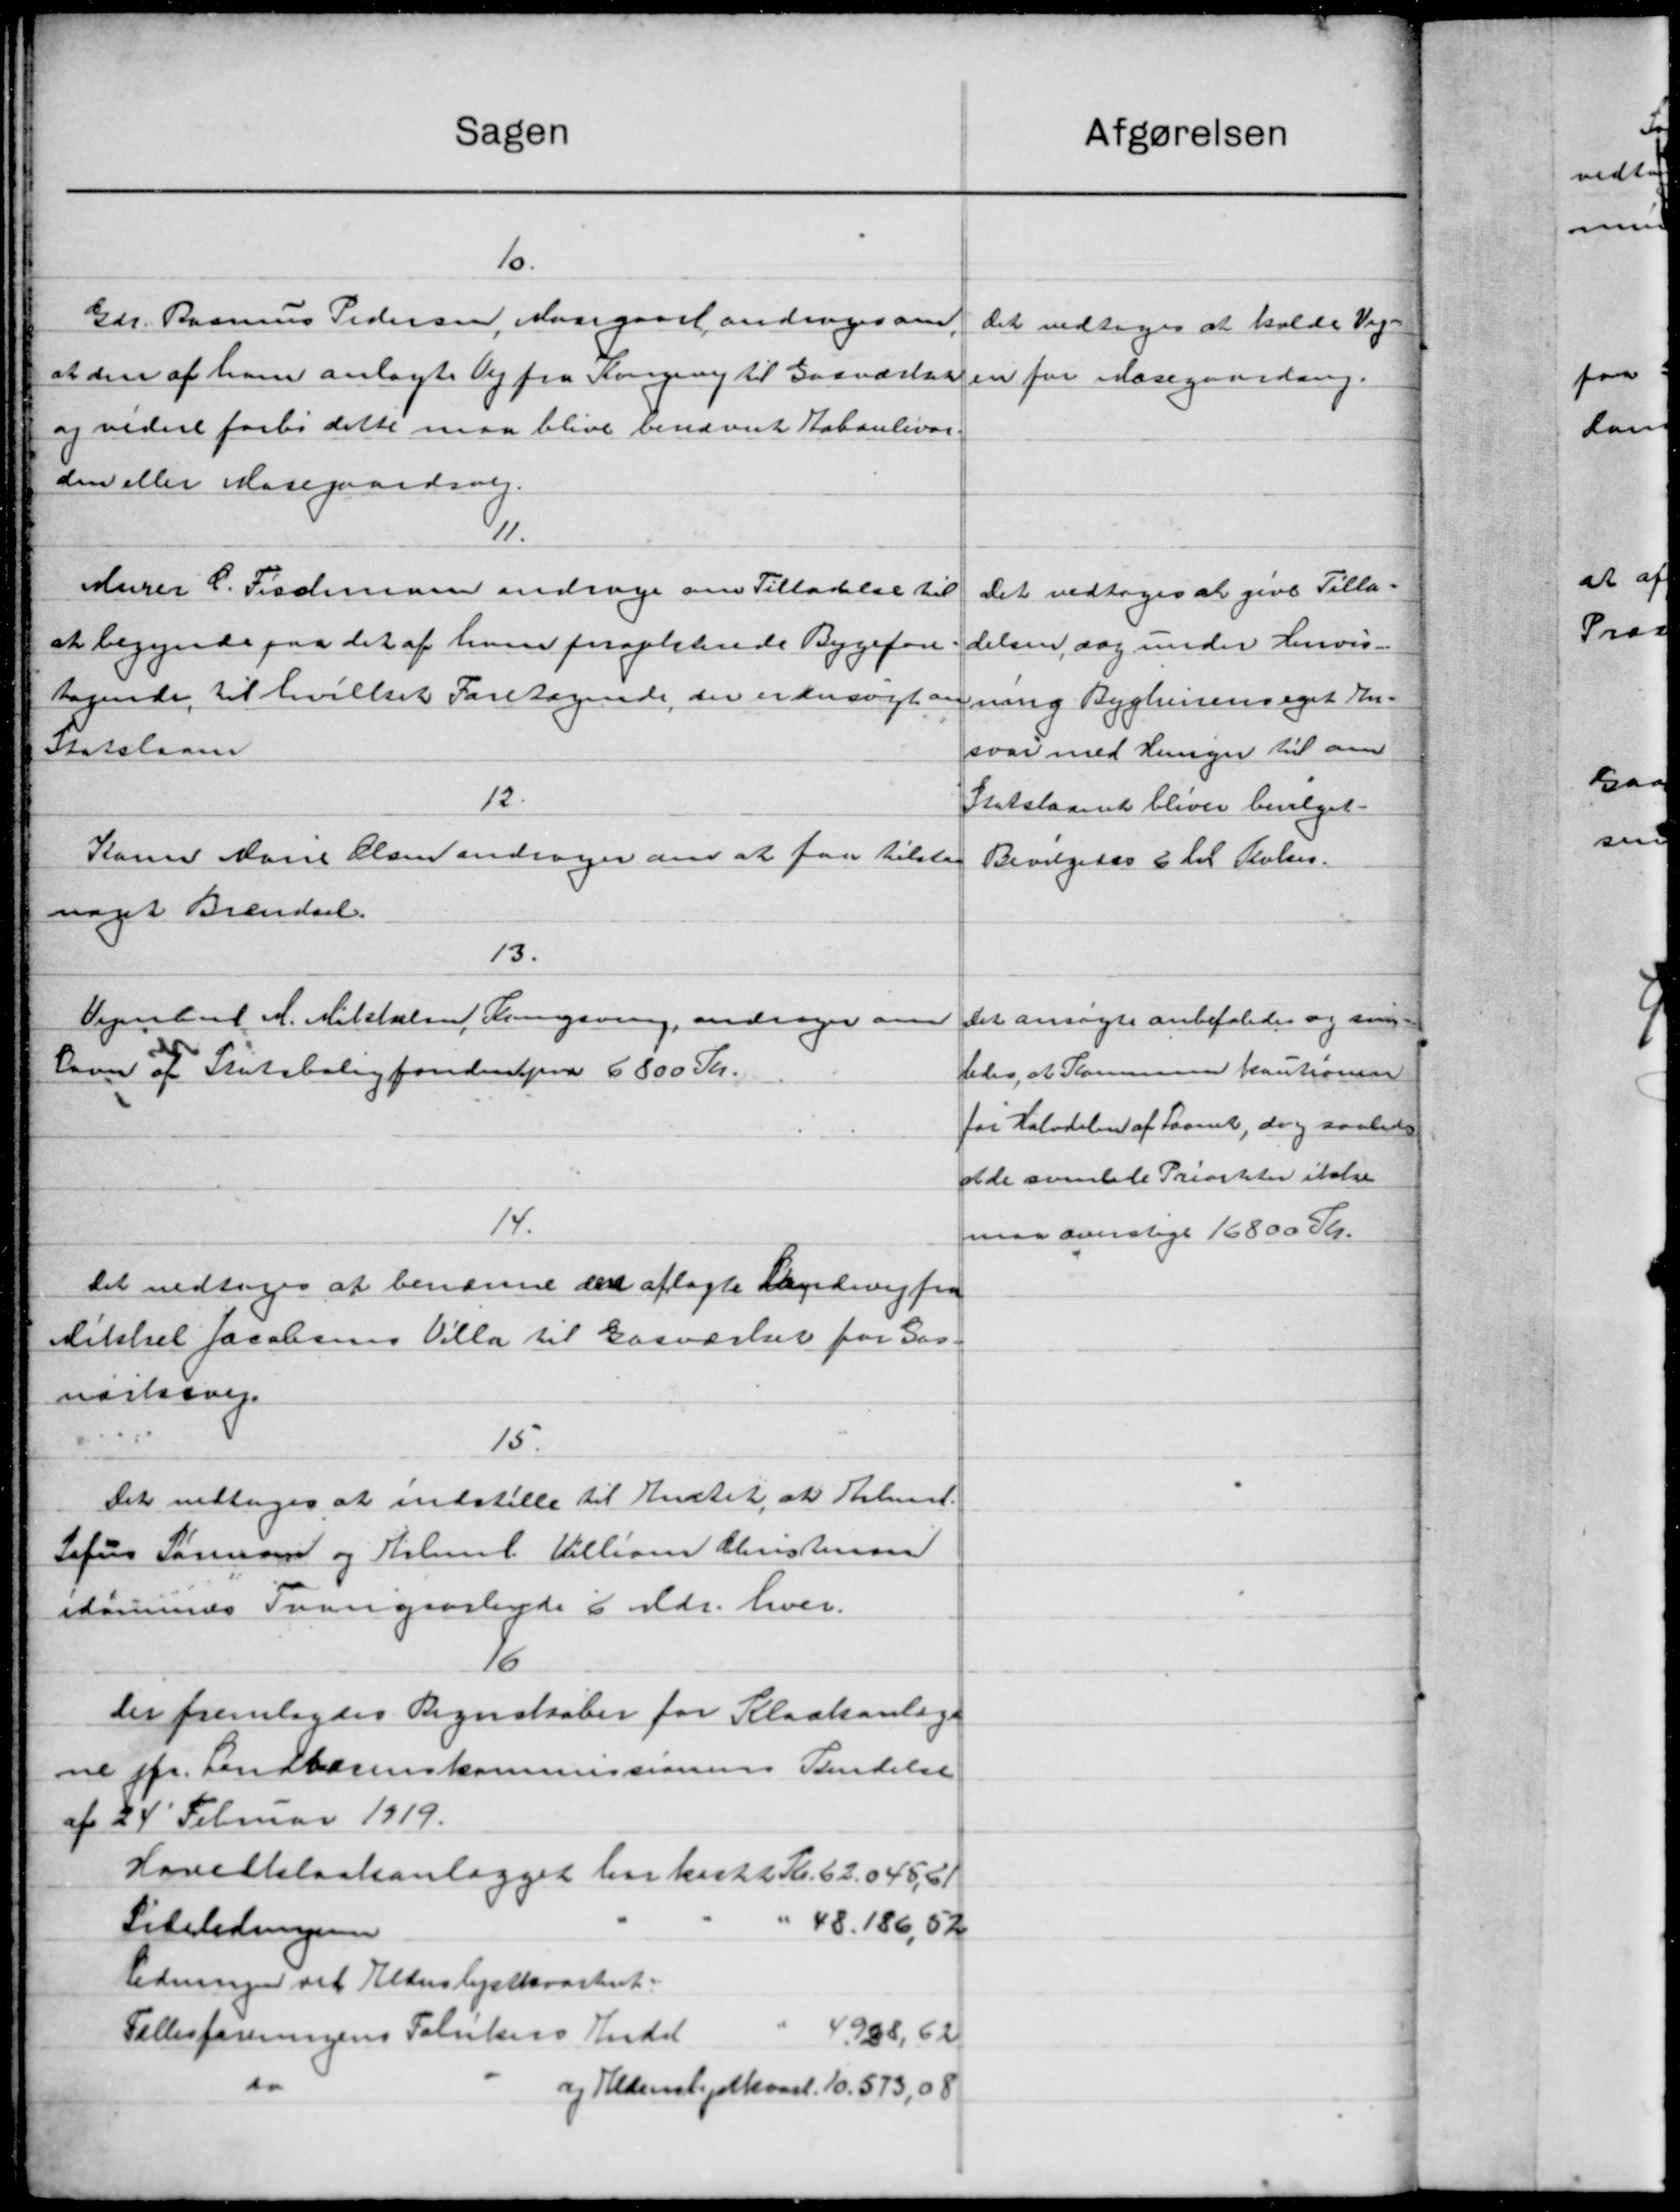
Transskription:
Sagen
10.
Gdr. Rasmus Pedersen, Mosegaard andrager om
at den af ham anlagte og fra Kongevej til Gasværksa
og videre forbi dette maa blive benævnt Kaboulevar.
den eller Mosegaardsvej.
11.
Murer C. Frachmann andrage om Tilladelse til
at begynde paa det af ham forspliterede Bygefore
tagende til hvilket Foretagende, der er ansøgt an
Statslaan
12.
Karen Marie Olsen andrager om at faa tilstaa
noget Brændsel.
13.
Vejenbart A. Mikkelsen Rengøring andrager om
havn af Statsboligfonden paa 6800 Kr.
14.
Det vedtoges at benærme den aflagte Aandevej fra
Mikkel Jacobsens Villa til Gasværker for 300
værksvej.
15.
Det vedtoges at indstille til Amtet, at Selm.
Sofus Sørensen og Kalmal. Villiam Christensen
idommes Tvangsarbejde 6 Mdr. hver.
16
Der fremlagdes Regnskaber for Kloakanlæge
ne pr. Landberenskommissionens Sendelse
af 24' Februar 1919.
Hovedkloakanlægget har kastet Kr. 62.045,61
" 48.186,52
Sibeledningen
ledningen vil Alderslystkvasteret.
4988,62
Fællesforeningens Fabrikens Indst
d
og Hedenskjolkvart. 10.573,08